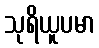
သုရိယူပမာ